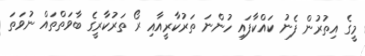
މީގެ އިތުރުން ފެނު ކައްކާފައި ހުންނަ ތަރުކާރީއާއި ރޯ ތަރުކާރީގެ ބާވަތްތައް ނުވަތަ